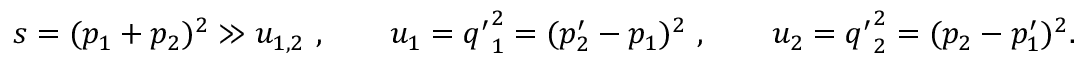
s = ( p _ { 1 } + p _ { 2 } ) ^ { 2 } \gg u _ { 1 , 2 } ~ , \qquad u _ { 1 } = { q ^ { \prime } } _ { 1 } ^ { 2 } = ( p _ { 2 } ^ { \prime } - p _ { 1 } ) ^ { 2 } ~ , \qquad u _ { 2 } = { q ^ { \prime } } _ { 2 } ^ { 2 } = ( p _ { 2 } - p _ { 1 } ^ { \prime } ) ^ { 2 } .